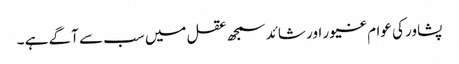
پشاور کی عوام غیور اور شائد سمجھ عقل میں سب سے آگے ہے ۔